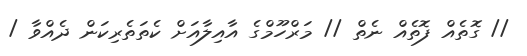
// ގޮތެއް ފޮތެއް ނެތް // މަރްހޫމްގެ އާއިލާއަށް ކެތަތެރިކަން ދެއްވާ /